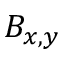
B _ { x , y }